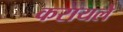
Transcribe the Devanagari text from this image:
करायले